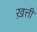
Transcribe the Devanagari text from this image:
ख़त्ती